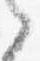
之